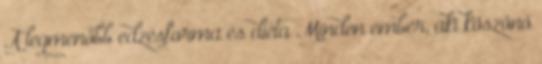
A legmenőbb edzésforma és diéta Minden ember, aki köszönő